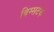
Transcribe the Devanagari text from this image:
बिम्सटेक